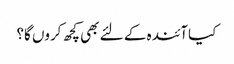
کیا آئندہ کے لئے بھی کچھ کروں گا؟